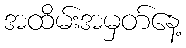
အထိမ်းအမှတ်နေ့